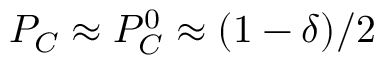
P _ { C } \approx P _ { C } ^ { 0 } \approx ( 1 - \delta ) / 2